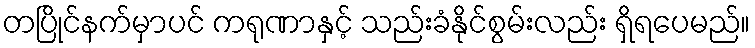
တပြိုင်နက်မှာပင် ကရုဏာနှင့် သည်းခံနိုင်စွမ်းလည်း ရှိရပေမည်။